Lunatic asylums Bombay report 1891-1903 - 1891-1903
Year: 1891
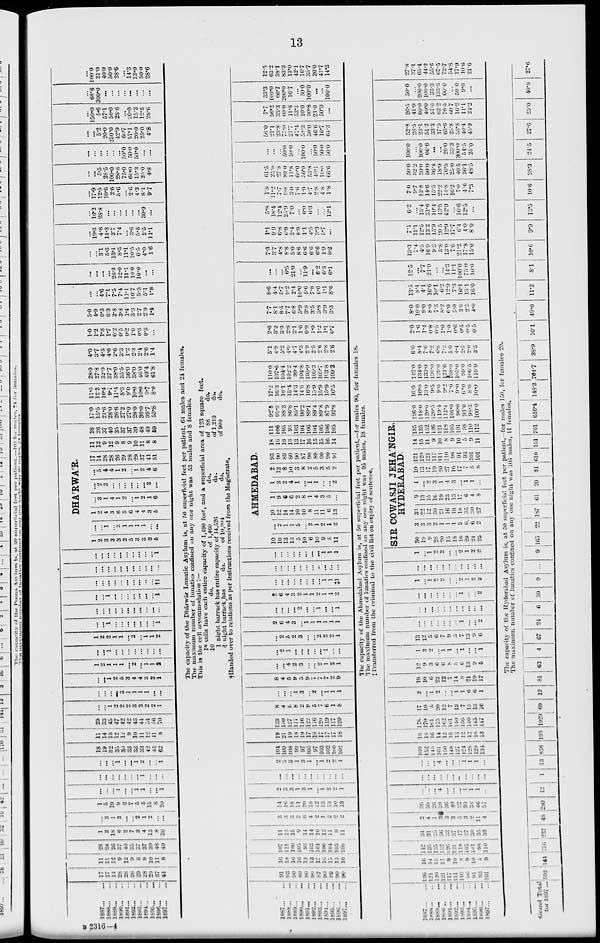
13
1887 ... ...
1668 ... ...
1889 ... ...
1890 ... ...
1891 ... ...
1892 ... ...
1893 ... ...
1894 ... ...
1895 ... ...
1896 ... ...
1897 ... ...
17
17
14
28
28
26
29
28
29
37
41
11
11
12
9
12
9
8
9
10
11
8
28
28
26
37
40
35
37
37
39
48
49
1
2
18
6
2
7
3
4
13
8
20
...
3
1
3
...
...
2
1
2
...
...
1
5
19
9
2
7
5
5
15
8
20
...
...
...
1
...
...
1
1
...
...
1
...
...
...
...
...
...
...
1
...
...
...
...
...
...
1
...
...
1
2
...
...
1
18
19
32
35
30
33
33
33
42
45
62
11
14
13
12
12
9
10
11
12
11
8
29
33
45
47
42
42
43
44
54
56
70
...
...
1
2
2
2
3
3
2
2
1
...
...
...
...
3
1
1
1
1
...
...
...
...
1
2
5
3
4
4
3
2
1
1
2
1 1
1
...
2
...
1
1
2
...
...
1
...
...
...
...
...
...
...
...
1
2
2
1
1
...
2
...
1
1
2
...
...
1
...
...
...
...
...
...
...
1
...
...
...
...
...
...
...
...
...
...
...
...
...
1
...
...
...
...
...
...
...
1
...
...
...
...
...
...
...
...
...
...
†1
...
...
...
...
...
...
...
...
...
...
...
...
...
...
...
...
...
...
...
...
...
1
DHÁRWÁR.
1
2
3
3
3
2
5
3
3
3
5
...
...
1
...
3
1
1
1
1
...
...
1
2
4
3
6
3
6
4
4
3
5
...
3
1
4
1
2
...
1
2
1
6
...
2
3
...
...
...
...
...
...
3
...
...
5
4
4
1
2
...
1
2
4
6
17
14
28
28
26
29
28
29
37
41
51
11
12
9
12
9
8
9
10
11
8
8
28
26
37
40
35
37
37
39
48
49
59
17.0
15.5
21.6
28.0
26.6
27.2
27.0
28.0
36.0
397
53.8
11.0
12.3
10.4
9.7
11.4
8.3
9.0
10.0
10.0
9.7
8.0
28.0
27.8
32.0
37.7
38.0
35.5
36.0
38.0
40.0
49.4
61.8
4.0
3.7
4.5
4.6
2.6
3.3
1.2
2.3
2.4
2.6
1.4
1.0
1.2
1.8
1.7
0.2
0.5
0.2
1.0
0.3
0.3
...
5.0
4.9
6.3
63
2.8
3.8
1.4
3.3
2.7
2.9
1.4
...
...
4.6
7.1
7.5
7.4
11.1
10.7
5.5
5.1
1.8
...
...
...
...
26.3
12.0
11.1
10.0
10.0
...
...
...
...
3.1
5.3
13.1
8.5
11.1
10.5
6.5
4.0
1.6
...
19.3
4.6
14.3
3.7
7.4
...
3.6
5.5
2.5
11.1
...
16.2
28.8
...
...
...
...
...
...
30.9
...
...
17.9
12.5
10.6
2.6
5.6
...
2.6
4.3
8.1
9.7
...
...
5.5
28.5
100.0
28.6
75.0
60.0
15.3
25.0
4.8
...
...
...
...
...
...
50.0
50.0
50.0
...
...
...
...
5.2
20.0
250.0
42.9
66.7
57.1
20.0
25.0
4.8
...
150.0
5.6
57.1
50.0
286
...
20.0
15.3
12.5
28.6
...
66.6
300.0
...
...
...
...
...
...
...
...
...
100.0
21.0
40.0
50.0
28.6
...
14.3
13.0
50.0
28.6
The capacity of the Dhárwár Lunatic Asylum is, at 50 superficial feet per patient, 64 males and 21 females.
The maximum number of lunatics confined on any one night was 53 males and 8 females.
This is the cell accommodation : —
18 cells have each entire capacity of 1,490 feet, and a superficial area of 123 square feet.
10
do.
of 1,460
do.
of 88
do.
1 night barrack has entire capacity of 14,526
do.
of 1,210
do.
1 night barrack has
do.
of
10,804
do.
of 900
do.
†Handed over to relations as per instructions received from the Magistrate.
1887 ... ...
1888 ... ...
1889 ... ...
1890 ... ...
1891 ... ...
1892 ... ...
1893 ... ...
1894
...
...
1895 ... ...
1896 ... ...
1897
...
...
91
93
90
89
80
90
87
90
89
90
90
16
18
16
16
13
13
17
16
15
15
10
107
111
196
105
93
103
104
106
104
105
106
11
15
15
9
14
14
10
12
11
8
11
3
3
3
2
6
4
2
1
2
2
14
10
18
11
20
18
12
13
13
10
13
2
3
3
1
3
1
...
1
2
2
1
...
...
...
...
...
...
...
...
...
...
...
2
3
3
1
3
1
...
1
2
2
1
104
109
108
99
97
105
97
103
102
100
102
19
21
19
18
19
17
19
17
17
17
18
123
130
127
117
116
122
116
120
119
117
120
8
4
5
8
2
9
5
7
6
1
8
...
...
...
1
3
...
2
...
1
1
1
8
4
5
9
5
9
4
7
7
2
9
...
...
4
2
3
...
...
2
1
2
1
...
2
1
...
...
...
...
...
1
...
...
...
2
5
2
3
...
...
2
2
2
1
2
6
4
3
...
1 1
1
1
1
1
...
...
...
2
...
...
1
...
...
1
2
6
4
3
2
1
1
2
1
1
2
...
...
...
...
...
...
...
...
1
1
‡1
...
...
...
...
...
...
...
...
...
...
...
...
...
...
...
...
...
...
...
1
1
1
AHMEDABAD.
10
10
13
13
5
10
6
10
9
5
11
...
2
1
1
5
...
2
1
2
1
2
10
12
14
14
10
10
8
11
11
6
13
1
9
6
6
2
8
1
4
3
5
...
1
3
2
4
1
...
1
1
...
...
2
2
12
8
10
3
8
2
5
3
5
2
93
90
89
80
90
87
90
89
90
90
91
18
16
16
13
13
17
16
15
15
16
14
111
106
105
93
103
104
106
104
105
106
105
92.8
91.3
88.3
86.8
85.1
90.2
89.1
89.4
89.8
87.9
92.8
17.2
16.3
16.1
15.4
14.3
14.6
16.8
15.9
15.9
15.9
16.5
110.0
107.6
104.4
102.2
99.4
104.8
105.9
105.3
105.7
103 8
109.3
5.1
4.9
5.2
4.9
4.7
4.3
2.9
2.5
2 6
2.8
2 6
2.6
3.2
3.3
2.8
2.1
1.6
0.9
1.0
1.2
1.1
0.7
7.7
8.1
8.5
7.7
6.8
5.9
3.8
3.5
3.8
3.9
3.3
8.6
4.4
5.7
9.2
2.4
10.0
5.6
7.8
6.6
1.1
8.6
...
...
...
6.5
21.0
...
11.9
...
6.2
6.3
6.1
7.3
3.7
4.8
8.8
5.0
8.6
6.6
6.6
6.6
1.9
8.2
1.1
99
6.8
6.9
2.4
8.9
1.1
4.5
3.3
5.7
...
5.8
18.4
12.4
25.9
7.0
...
6.0
6.3
...
...
12.1
1.8
11.2
7.7
9.8
3.0
7.6
1.9
4.7
2.8
4.8
1.8
61.5
25.0
27.8
80.0
11.8
60.0
50.0
53.8
40.1
16.0
66.6
...
...
...
50.0
50.0
...
100.0
...
50.0
50.0
50.0
50.0
21.1
23.8
75.0
21.7
47.4
58.3
50.0
466
16.7
64.3
7.7
56.2
33.3
60.0
11.8
53.3
10.0
30.8
23.0
50.0
...
33.3
100.0
66.7
200.0
16.7
...
500
100.0
...
...
100.0
12.5
63.2
38.1
83.3
13.0
42.1
16.7
35.7
20.0
41.7
14.3
The capacity of the Ahmedabad Asylum is, at 50 superficial feet per patient,—for males 90, for females 18.
The maximum number of lunatics confined on any one night was 95 males, 18 females.
‡Transferred from the criminal to the civil list on expiry of sentence.
1887
...
...
1888 ... ...
1889 ... ...
1890 ... ...
1891 ... ...
1892 ... ...
1893 ... ...
1894 ... ...
1895 ... ...
1896 ... ...
1897 ... ...
126
121
120
121
117
111
110
96
91
93
101
16
14
15
11
9
10
8
9
10
5
9
142
135
135
l32
126
121
118
105
101
98
110
34
31
25
30
33
37
17
27
36
35
33
2
4
1
30
3
3
5
3
2
11
4
36
35
26
39
30
40
22
30
38
40
37
...
...
...
4
...
...
...
1
1
1
...
...
...
...
...
...
...
...
...
...
...
...
...
...
...
4
...
...
...
1
1
1
...
160
152
145
161
150
148
127
124
128
129
134
18
18
10
14
12
13
13
12
12
10
13
178
170
161
175
162
161
140
136
140
145
147
17
10
5
20
12
7
13
7
15
13
16
2
...
1
2
...
...
1
1
6
6
1
19
10
6
22
12
7
14
8
21
19
17
12
9
3
6
6
8
5
6
13
9
5
1
3
2
...
1 1
...
1
...
...
1
13
12
5
6
7
9
5
7
13
9
6
...
...
...
...
...
...
...
1
...
...
2
...
...
...
...
...
...
...
...
...
...
...
...
...
...
...
...
...
...
1
...
...
2
1
...
1
2
2
...
...
2
1
2
2
...
...
...
...
...
...
...
...
...
...
...
1
...
1
2
2
...
...
2
1
2
2
SIR COWASJI JEHÁNGIR,
HYDERABAD.
30
19
9
28
20
15
18
10
29
24
25
3
3
3
2
1
1
1
2
6
6
2
33
22
12
30
21
16
19
18
35
30
27
9
13
15
16
19
23
13
17
6
4
8
1
...
2
3
1
4
3
...
1 1
...
10
13
17
19
20
27
16
17
7
5
8
121
120
121
117
111
110
96
91
93
101
101
14
15
11
9
10
8
9
10
5
9
11
135
135
132
126
121
118
105
101
98
110
112
126.0
118.0
120.0
120.5
119.4
112.4
101.0
96.0
93.0
98.5
100.0
16.0
10.0
130
9.5
9.0
9.2
7.0
9.0
6.0
8.0
10.0
142.0
134.0
133.0
130.0
129.0
121.6
108.0
105.0
99.0
100.5
110.0
6.0
8.4
7.6
7.2
0.8
7.2
5.0
4.4
2.5
2.0
3.5
2.0
1.6
1.4
0.8
0.5
1.0
1.0
0.6
0.5
0.5
0.5
8.0
10.0
9.0
8.0
7.3
8.2
6.0
5.0
3.0
2.5
4.0
13.5
8.4
4.1
16.6
10.1
6.2
12.9
7.3
16.1
13.1
160
12.5
...
7.7
21.0
...
...
14.3
11.1
100.0
75.0
10.0
13.3
7.4
4.5
16.9
9.3
5.8
13.0
7.6
21.2
17.8
15.0
7.1
11.1
12.5
132
15.9
20.5
12.9
17.7
0.4
4.0
8.0
6.2
...
15.4
31.6
10.4
43.5
42.9
...
16.6
12.5
...
7.0
9.7
12.8
14.6
15.5
22.2
14.8
10.2
1.0
4.6
7.3
50.0
32.2
20.0
50.0
36.4
18.9
70.5
25.0
40.5
36.1
48.5
100.0
...
100.0
66.6
...
...
20.0
33.3
300.0
5 4.5
25.0
52.8
28.5
23.1
51.2
33.3
17.5
63.6
25.8
53.8
40.4
45.9
26.5
41.9
60.0
40.0
57.6
62.2
76.5
60.7
16.2
11.1
24.2
50.0
...
200.0
100.0
33.3
133.3
60.0
...
50.0
9.0
...
27.8
37.l
65.4
44.2
55.6
67.5
72.7
54.8
17.9
10.6
21.6
The capacity of the Hyderabad Asylum is, at 50 superficial feet per patient,—for males 150, for females 20.
The maximum number of lunatics confined on any one night was 105 males, 11 females.
Grand Total
for 1897 ... 592 144 726 232
48 280
12
1
13 836 193 1029 69
12
81
63
4
67
24
6
30
9 ...
9 165
22 187
61
20
81 610 151 761 616.4 148.3 764.7
38.9
10.1
49.0
11.2
8.1
10.6
9.9
13.5
10.6
28.3
24.5
27.6
25.0
40.8
27.6